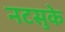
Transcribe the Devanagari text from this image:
नटसुके